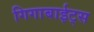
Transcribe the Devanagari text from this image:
गिगाबाईट्स